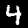
Label: 4